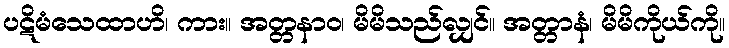
ပဋိမံသေထာဟိ၊ ကား။ အတ္တနာဝ၊ မိမိသည်လျှင်။ အတ္တာနံ၊ မိမိကိုယ်ကို။